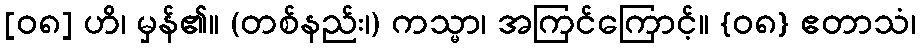
[၀၈] ဟိ၊ မှန်၏။ (တစ်နည်း၊) ကသ္မာ၊ အကြင်ကြောင့်။ {၀၈} ဧတာသံ၊